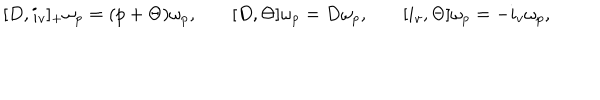
LaTeX: \begin{matrix} { { [ D , i _ { v } ] _ { + } \omega _ { p } = ( p + \Theta ) \omega _ { p } , } } & { { \quad [ D , \Theta ] \omega _ { p } = D \omega _ { p } , } } & { { \quad [ i _ { v } , \Theta ] \omega _ { p } = - i _ { v } \omega _ { p } , } } \\ \end{matrix}